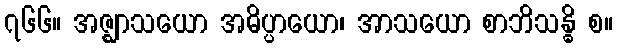
၇၆၆။ အဇ္ဈာသယော အဓိပ္ပာယော၊ အာသယော စာဘိသန္ဓိ စ။